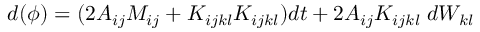
d ( \phi ) = ( 2 A _ { i j } M _ { i j } + K _ { i j k l } K _ { i j k l } ) d t + 2 A _ { i j } K _ { i j k l } \; d W _ { k l }